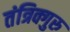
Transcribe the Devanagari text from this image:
तंत्रिक्गुरु